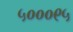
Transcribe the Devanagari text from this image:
५०००९५